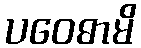
ပဝေဓာမိ